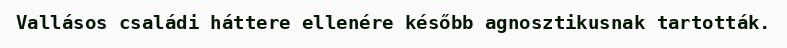
Vallásos családi háttere ellenére később agnosztikusnak tartották.